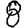
Digit: 8